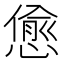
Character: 𢠚